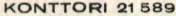
KONTTORI 21 589